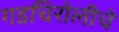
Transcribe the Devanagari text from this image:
गडचिरोलीचे